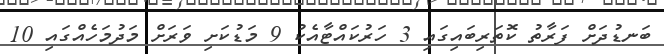
ބަނޑުދަށް ފަރާތު ކޮތަރިބައިގައި 3 ހަރުކައްޓާއެކު 9 މަޑުކަށި ވަރަށް މަދުމަހެއްގައި 10